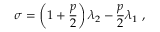
\sigma = \left( 1 + \frac { p } { 2 } \right) \lambda _ { 2 } - \frac { p } { 2 } \lambda _ { 1 } \ ,